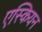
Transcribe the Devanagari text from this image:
एस्कियन